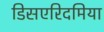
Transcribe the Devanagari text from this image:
डिसएरिदमिया